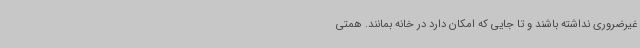
غیرضروری نداشته باشند و تا جایی که امکان دارد در خانه بمانند. همتی